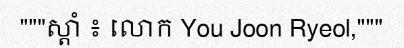
"""ស្តាំ ៖ លោក You Joon Ryeol,"""